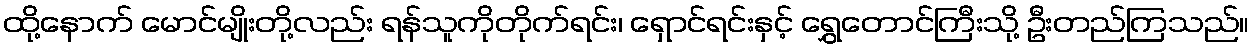
ထို့နောက် မောင်မျိုးတို့လည်း ရန်သူကိုတိုက်ရင်း၊ ရှောင်ရင်းနှင့် ရွှေတောင်ကြီးသို့ ဦးတည်ကြသည်။